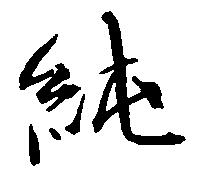
純